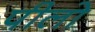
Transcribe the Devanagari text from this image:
पीलो